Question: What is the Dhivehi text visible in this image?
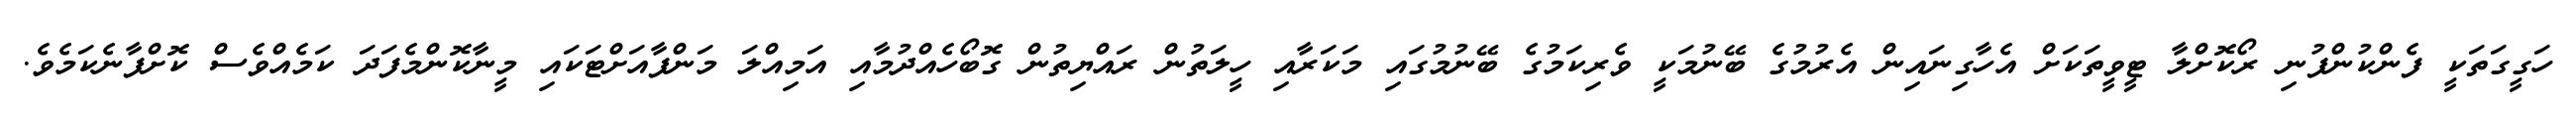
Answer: ހަގީގަތަކީ ފެންކުންފުނި ރޯކޮށްލާ ޓީވީތަކަށް އެހާގިނައިން އެރުމުގެ ބޭނުމަކީ ވެރިކަމުގެ ބޭނުމުގައި މަކަރާއި ހީލަތުން ރައްޔިތުން ގޮބޯހެއްދުމާއި އަމިއްލަ މަންފާއަށްޓަކައި މީނާކޮންމެފަދަ ކަމެއްވެސް ކޮށްފާނެކަމެވެ.